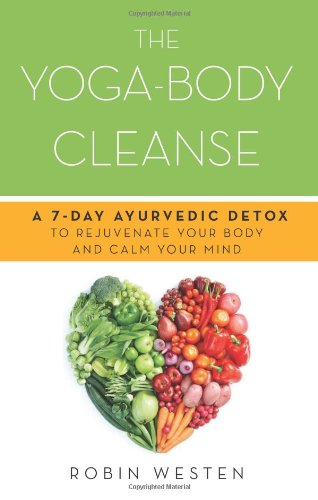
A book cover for The Yoga-Body Cleanse: A 7-Day Ayurvedic Detox to Rejuvenate Your Body and Calm Your Mind; Robin Westen; Health, Fitness & Dieting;